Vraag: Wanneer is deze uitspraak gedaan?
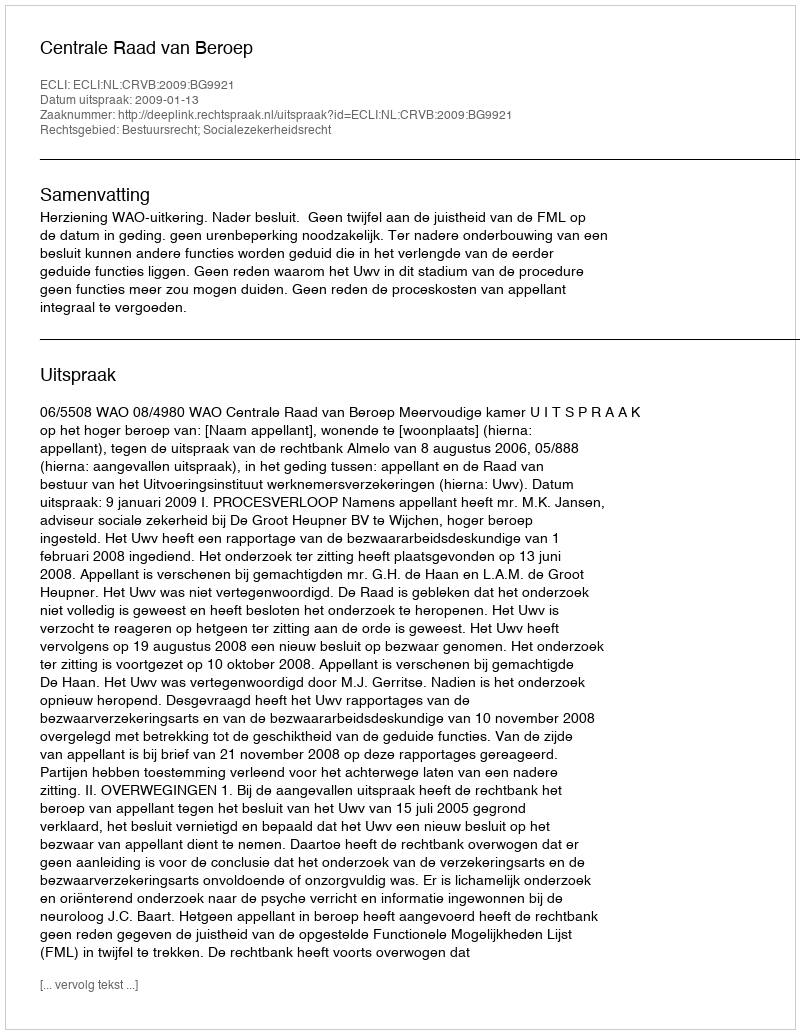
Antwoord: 2009-01-13